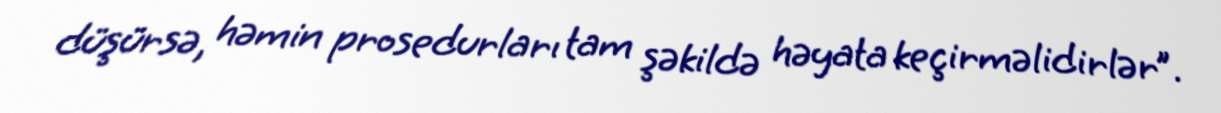
düşürsə, həmin prosedurları tam şəkildə həyata keçirməlidirlər”.